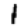
Digit: 1